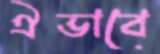
ঐভাবে